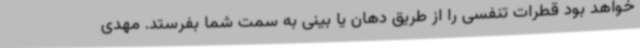
خواهد بود قطرات تنفسی را از طریق دهان یا بینی به سمت شما بفرستد. مهدی